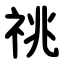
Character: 祧